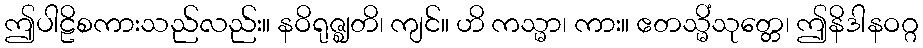
ဤပါဠိစကားသည်လည်း။ နဝိရုဇ္ဈတိ၊ ကျင်။ ဟိ ကသ္မာ၊ ကား။ ဧတသ္မိံသုတ္တေ၊ ဤနိဒါနဝဂ္ဂ